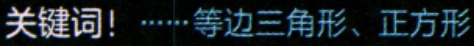
关键词！……等边三角形、正方形